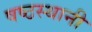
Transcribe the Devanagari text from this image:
षष्ठस्थानी